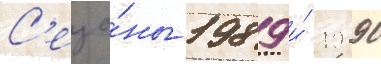
С'езо́ны 1989 и́ 1990